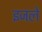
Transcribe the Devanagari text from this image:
इजले